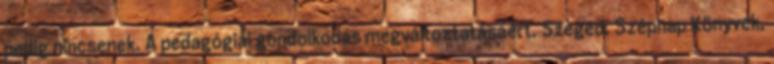
pedig nincsenek. A pedagógiai gondolkodás megváltoztatásáért. Szeged, Szépnap Könyvek,